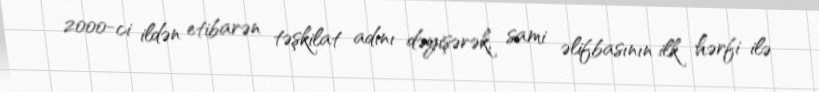
2000-ci ildən etibarən təşkilat adını dəyişərək, sami əlifbasının ilk hərfi ilə